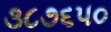
૩૮૭૬૫૦